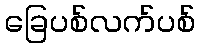
ခြေပစ်လက်ပစ်